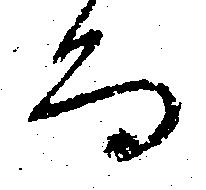
而